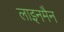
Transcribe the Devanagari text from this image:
लाइनमैन